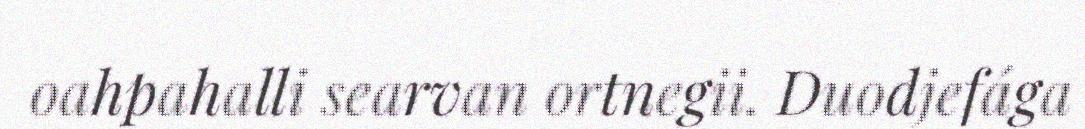
oahpahalli searvan ortnegii. Duodjefága